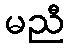
မညီ